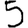
Digit: 5